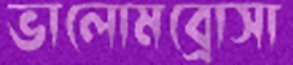
ভালোমব্রোসা